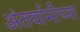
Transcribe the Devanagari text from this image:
अंतर्यामीच्या